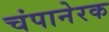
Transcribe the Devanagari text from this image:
चंपानेरक